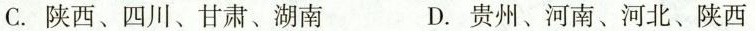
C.陕西、四川、甘肃、湖南 D.贵州、河南、河北、陕西